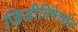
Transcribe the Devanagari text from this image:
जिजीविषेच्छंत